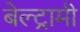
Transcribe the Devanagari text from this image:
बेल्ट्रामी